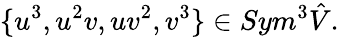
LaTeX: \{ u^{3},u^{2}v,uv^{2},v^{3}\} \in Sym^{3}\hat{V}.